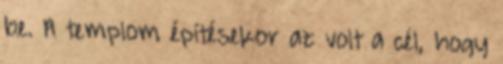
be. A templom építésekor az volt a cél, hogy